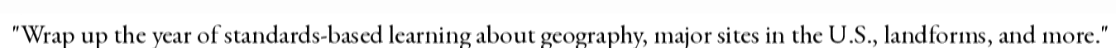
"Wrap up the year of standards-based learning about geography, major sites in the U.S., landforms, and more."